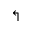
\Lsh